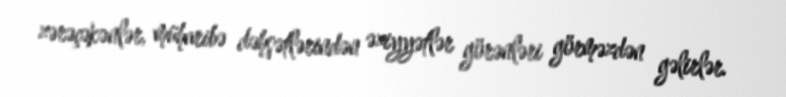
zərəçəkənlər, müharibə dəhşətlərindən əziyyətlər görənləri görməzdən gəlirlər.